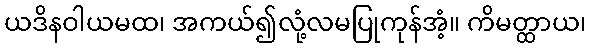
ယဒိနဝါယမထ၊ အကယ်၍လုံ့လမပြုကုန်အံ့။ ကိမတ္ထာယ၊